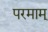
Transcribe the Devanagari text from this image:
परमाम्